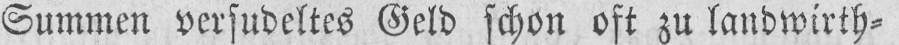
Summen versudeltes Geld schon oft zu landwirth⸗